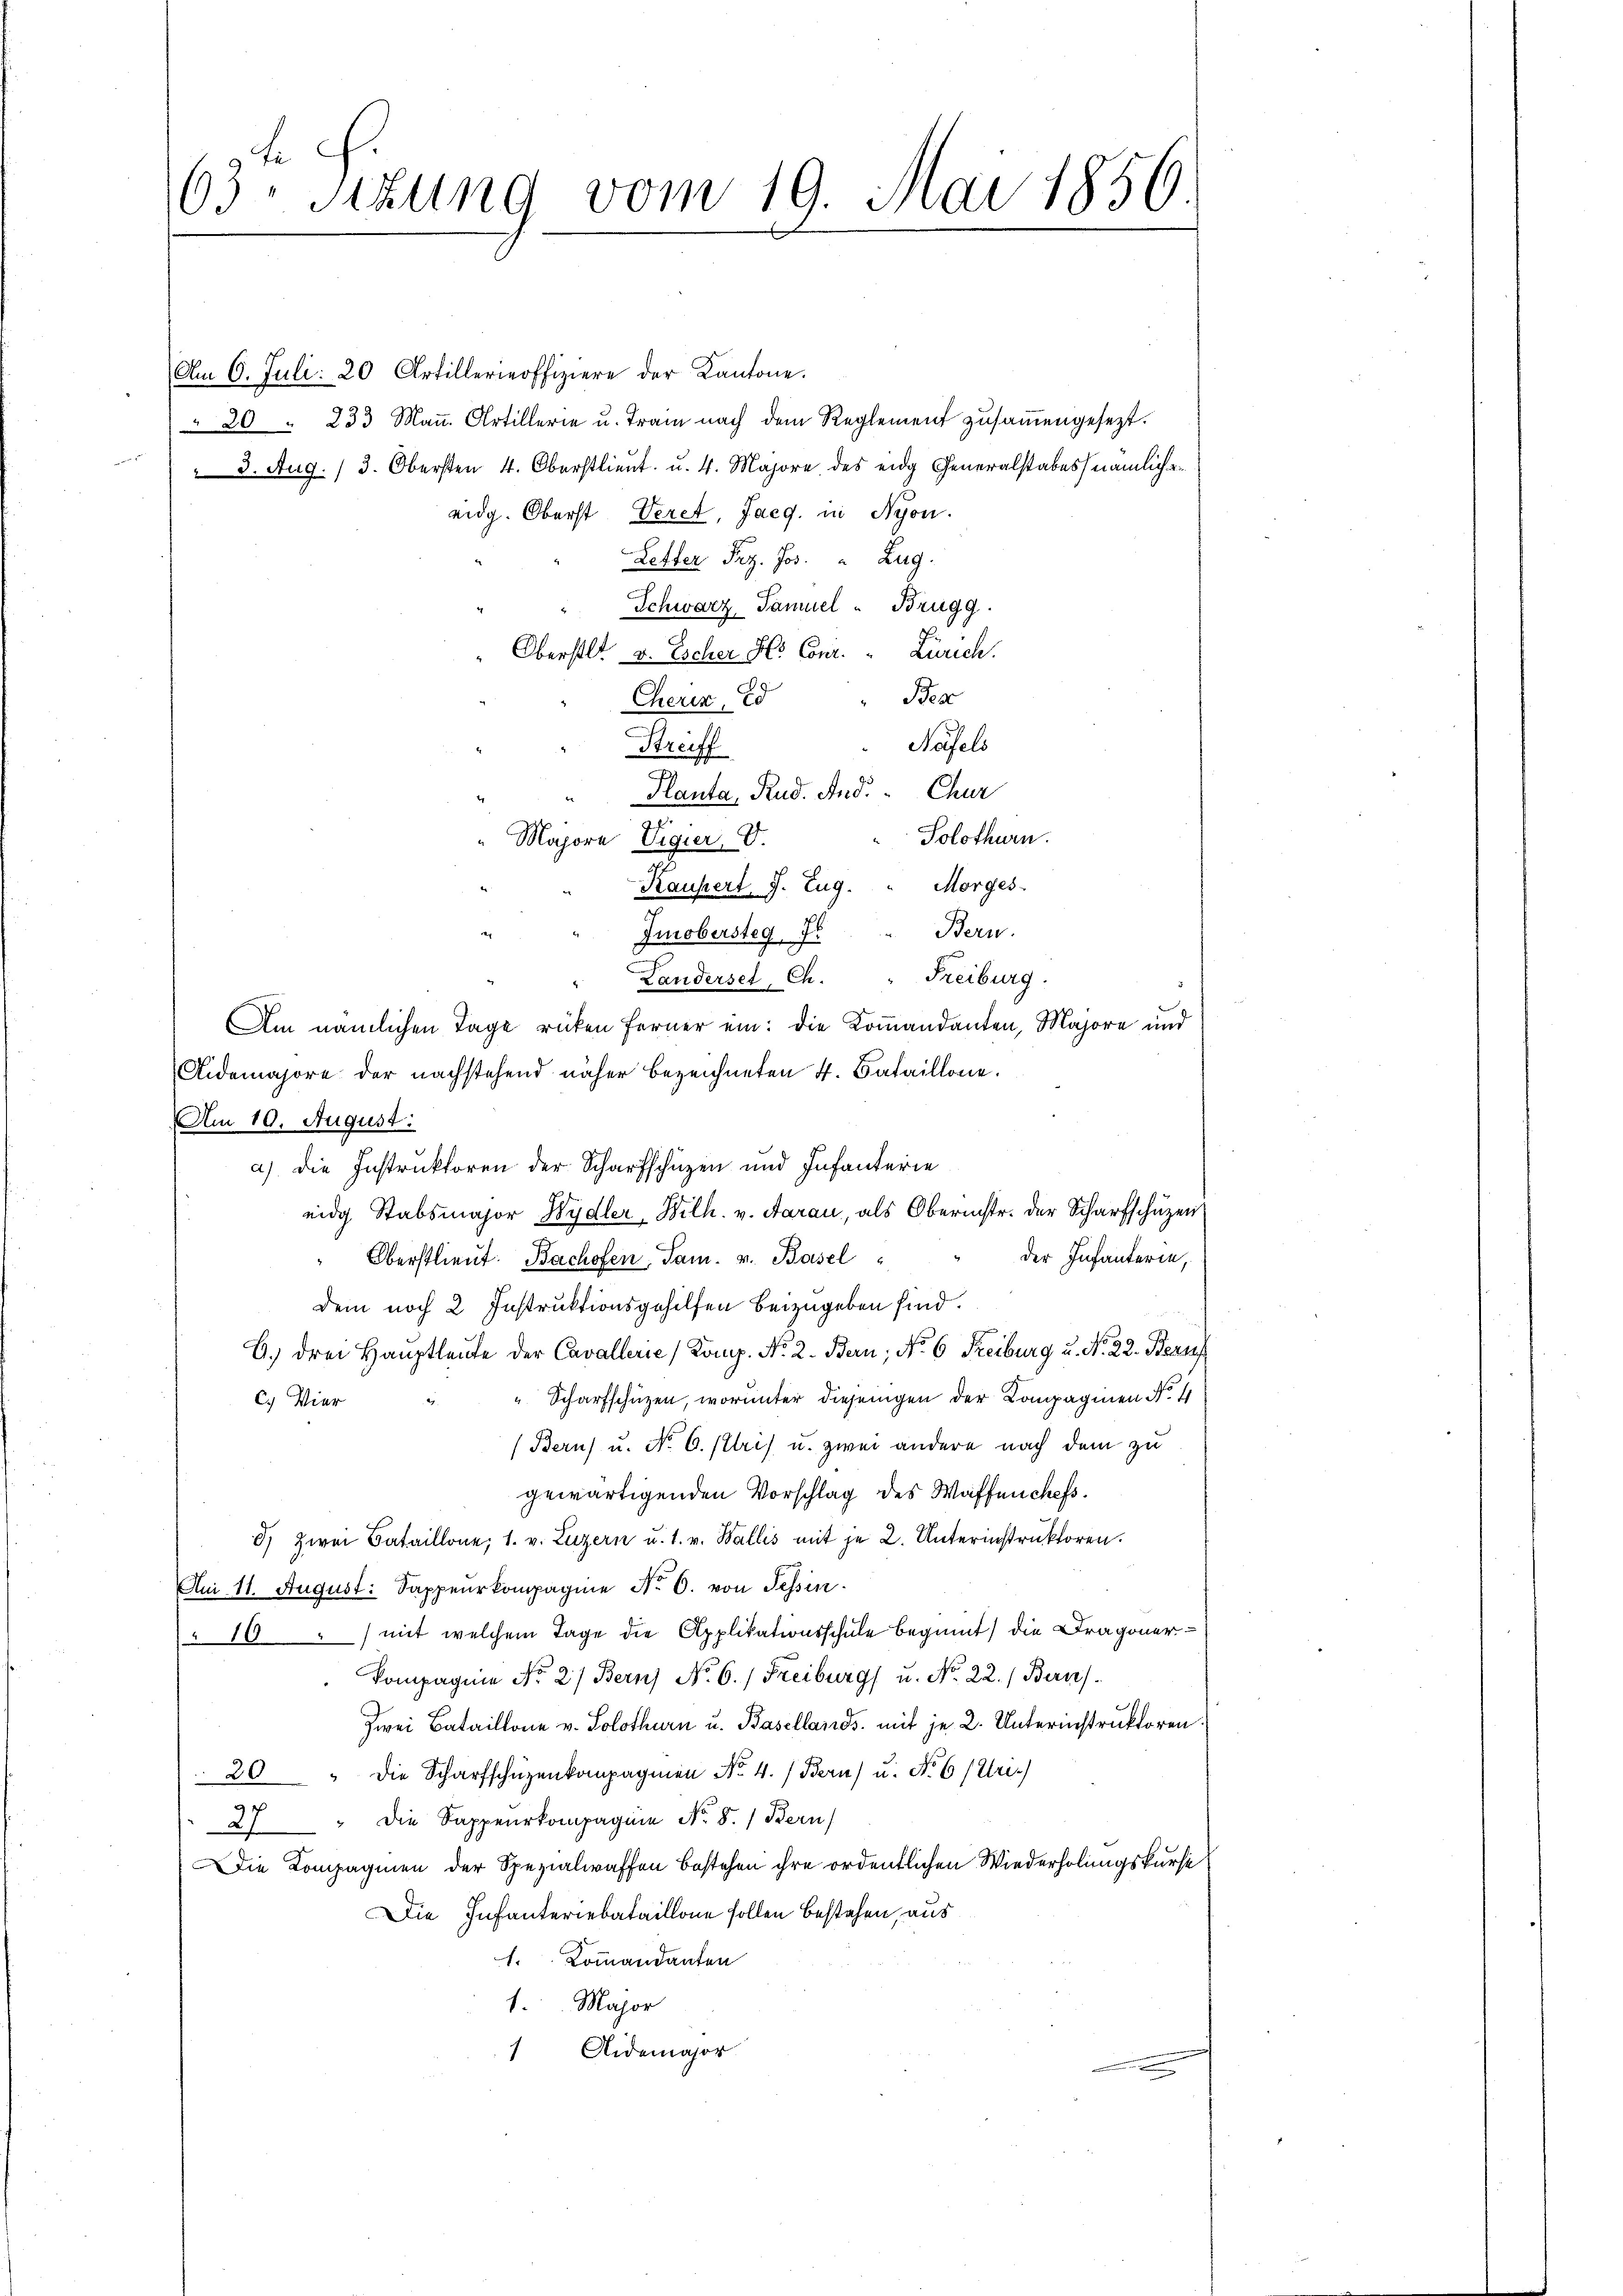
63. Sitzung vom 19. Mai 1856.

Am 6. Juli: 20 Artillerieoffiziere der Kantone.
" 20 " 233 Maṅ Artillerie u. Train nach dem Reglement zusammengesezt.
 3. Aug. 13. Obersten 4. Oberstlieut. u. 4. Majore des eidg Generalstabes nämliche
eidg. Oberst Veret, Jaeg. in Nyon.
Letter Frz. Jos. " Zug:
Schwarz, Samuel Brugg
Oberstl. v. Escher Hs. Conr. Zürich.
Bes
Cherin, d
Hasels
Streiff
Planta, Rud. And. Chur
.
Solothurn.
" Majora Vigier, V.
Kauhert J. Eug. " Morges.
Bern.
Imobersteg fr
" Landersel, Ch. " Freiburg.
Aidemajore der nachstehend näher bezeichneten 4. Bataillone.
Am 10. August:
der Infanterie,
Oberstlieut. Bachofen, Tam. v. Basel
.
Dem noch 2 Instruktionsgehilfen beizugeben sind.
b.) drei Hauptleute der Cavallerie Komp. No. 2. Bern, No 6 Freiburg u. No. 22. Bean
" Scharfschüzen, worunter diesengen der Compagnien N. 4
C. Vier
(Bern) u. No. 6. Petris u. zwei andere nach dem zu
gewärtigenden Vorschlag des Waffen chefs¬
8) zwei Bataillone, 1. v. Luzern u. s. v. Wallis mit je 2. Unterinstrŭktoren.
Am 11. August. Sappeurkompagnie No. 6. von Tessin
 10) mit welchem Tage die Applikationsschule beginnt) die Dragoner¬
Kompagnie No. 27 Bern No. 6. Freiburg) u. No. 22.) Berns
Zwei Bataillone v. Solothurn u. Basellands, mit je 2. Unterinstruktoren.
20 " die Scharfschüzenkompagnien No. 4.) Bern) u. No 6 (Uri)
27 " die Sappeurkompagnie No. 5.) Bern
Die Kompagnien der Spezialwaffen bestehen ihre ordentlichen Wiederholungskurse
Die Infanteriebataillone sollen bestehen, aus
1. Kommandanten
1. Major
 Aidemajor

Am nämlichen Tage rücken ferner ein: die Kommandanten, Majore und
a). Die Instruktoren der Scharfschüzen und Infanterie
eidg Stabsmajor Wydler, Wilh. v. Aarau, als Oberinstr. der Scharfschuzen